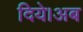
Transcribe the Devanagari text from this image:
दिये।अब